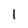
Character: 1